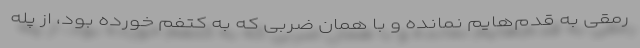
رمقی به قدم‌هایم نمانده و با همان ضربی که به کتفم خورده بود، از پله